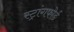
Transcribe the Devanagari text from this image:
स्ट्रांगफोर्ड